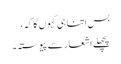
بس اتنا ہی کہوں گا کہ،
پچھلے اشعار سے پیوستہ۔